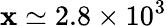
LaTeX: \mathbf{x}\simeq2.8\times10^{3}